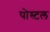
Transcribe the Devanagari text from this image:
पोस्‍टल